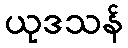
ယုဒသန်